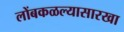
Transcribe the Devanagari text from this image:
लोंबकळल्यासारखा